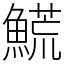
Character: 𩺊